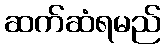
ဆက်ဆံရမည်